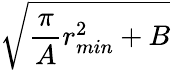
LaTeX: \sqrt{\frac{\pi}{A}r_{min}^{2}+B}